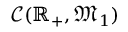
\mathcal { C } ( \mathbb { R } _ { + } , \mathfrak { M } _ { 1 } )